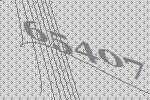
65407